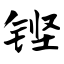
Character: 铿